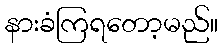
နားခံကြရတော့မည်။